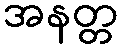
အနတ္တ